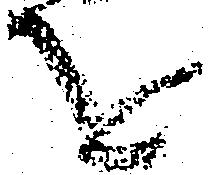
を